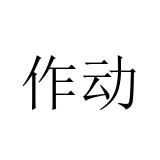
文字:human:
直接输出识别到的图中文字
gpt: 作动